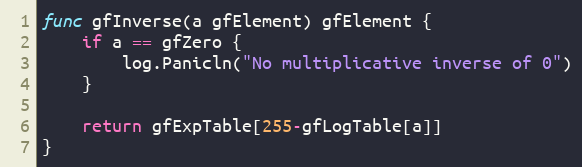
Language: Go
func gfInverse(a gfElement) gfElement {
	if a == gfZero {
		log.Panicln("No multiplicative inverse of 0")
	}

	return gfExpTable[255-gfLogTable[a]]
}